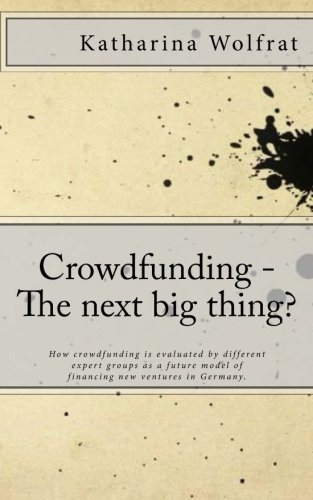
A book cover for Crowdfunding - The next big thing?: How crowdfunding is evaluated by different expert groups  as a future model of financing new ventures in Germany.; Katharina Wolfrat; Business & Money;